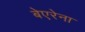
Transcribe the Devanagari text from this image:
बेएरेना